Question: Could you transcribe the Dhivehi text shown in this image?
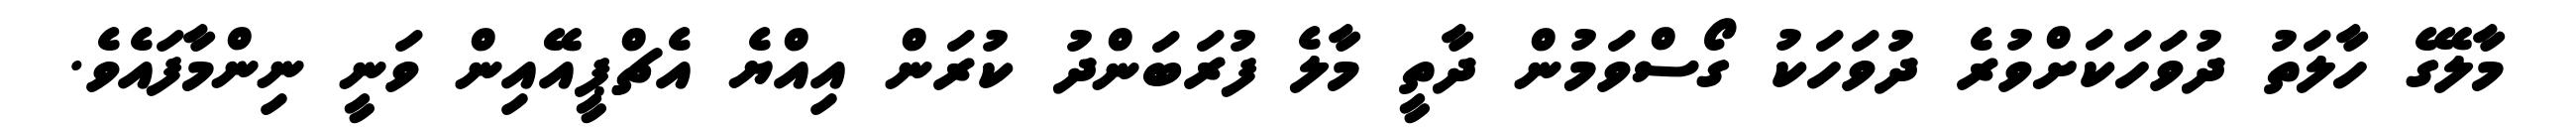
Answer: މާލޭގެ ހާލަތު ދުވަހަކަށްވުރެ ދުވަހަކު ގޯސްވަމުން ދާތީ މާލެ ފުރަބަންދު ކުރަން އިއްޔެ އެޗްޕީއޭއިން ވަނީ ނިންމާފައެވެ.